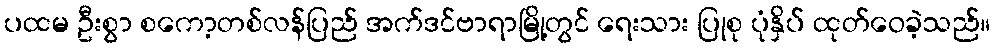
ပထမ ဦးစွာ စကော့တစ်လန်ပြည် အက်ဒင်ဗာရာမြို့တွင် ရေးသား ပြုစု ပုံနှိပ် ထုတ်ဝေခဲ့သည်။